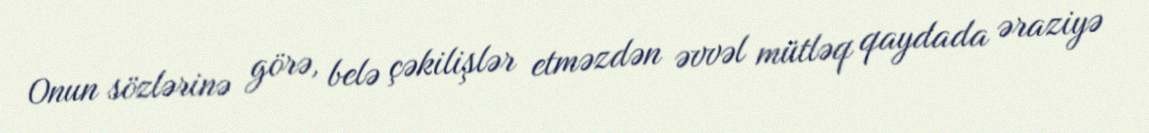
Onun sözlərinə görə, belə çəkilişlər etməzdən əvvəl mütləq qaydada əraziyə